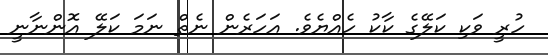
ހުރީ ވަކި ކަލޭގެ ކާކު ހެއްޔެވެ. އަަހަރެން ނެތް ނަމަ ކަލޭ އޮންނާނީ